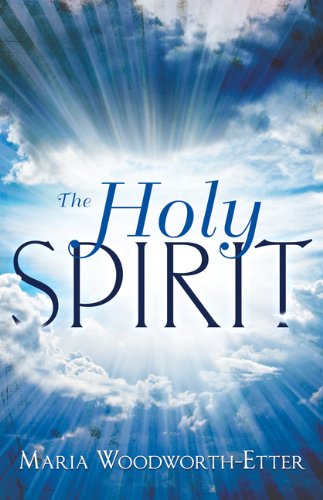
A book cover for The Holy Spirit: Experiencing the Power of the Spirit in Signs, Wonders, and Miracles; Maria Woodworth-Etter; Christian Books & Bibles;